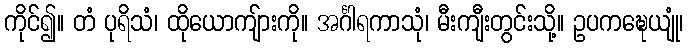
ကိုင်၍။ တံ ပုရိသံ၊ ထိုယောကျ်ားကို။ အင်္ဂါရကာသုံ၊ မီးကျီးတွင်းသို့။ ဥပကဍ္ဎေယျုံ၊